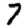
Digit: 7